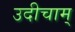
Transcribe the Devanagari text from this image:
उदीचाम्